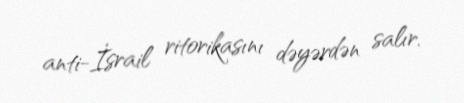
anti-İsrail ritorikasını dəyərdən salır.